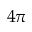
4 \pi